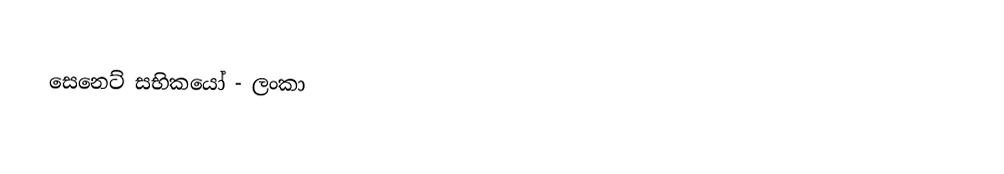
සෙනෙට් සභිකයෝ - ලංකා